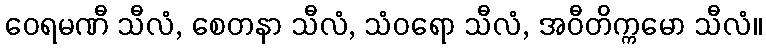
ဝေရမဏီ သီလံ, စေတနာ သီလံ, သံဝရော သီလံ, အဝီတိက္ကမော သီလံ။